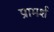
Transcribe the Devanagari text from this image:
प्रामर्श